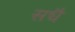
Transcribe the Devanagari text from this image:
सधै